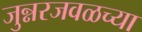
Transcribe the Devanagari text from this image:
जुन्नरजवळच्या